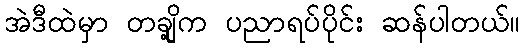
အဲဒီထဲမှာ တချို့က ပညာရပ်ပိုင်း ဆန်ပါတယ်။